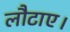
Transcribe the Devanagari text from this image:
लौटाए।